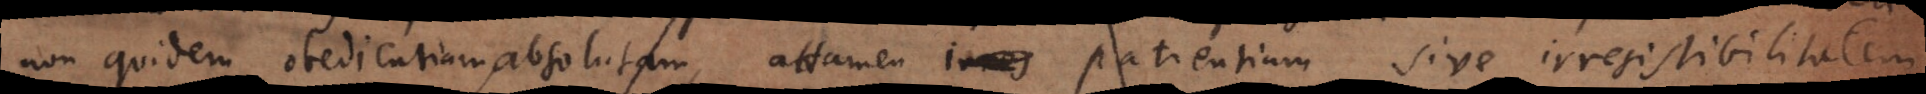
non quidem obedientiam absolutam, attamen patientiam sive irresistibilitatem,